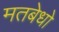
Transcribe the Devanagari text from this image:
मतबेधो